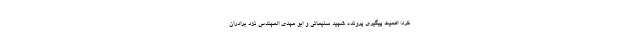
کرد: اهمیت پیگیری پرونده شهید سلیمانی و ابو مهدی المهندس نزد برادران